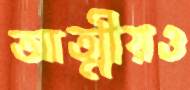
আত্মীয়ও